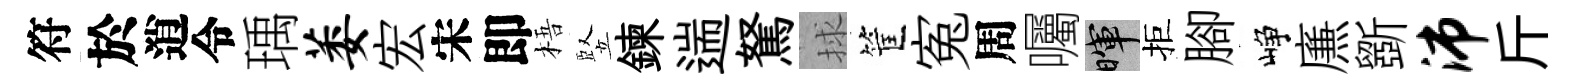
符於逍令瑀萎宏宋即梧竪鍊遄駑捄筐寃周囑暉拒腳峥㢘斵沛斤